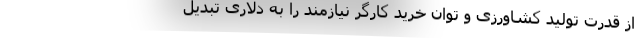
از قدرت تولید کشاورزی و توان خرید کارگر نیازمند را به دلاری تبدیل